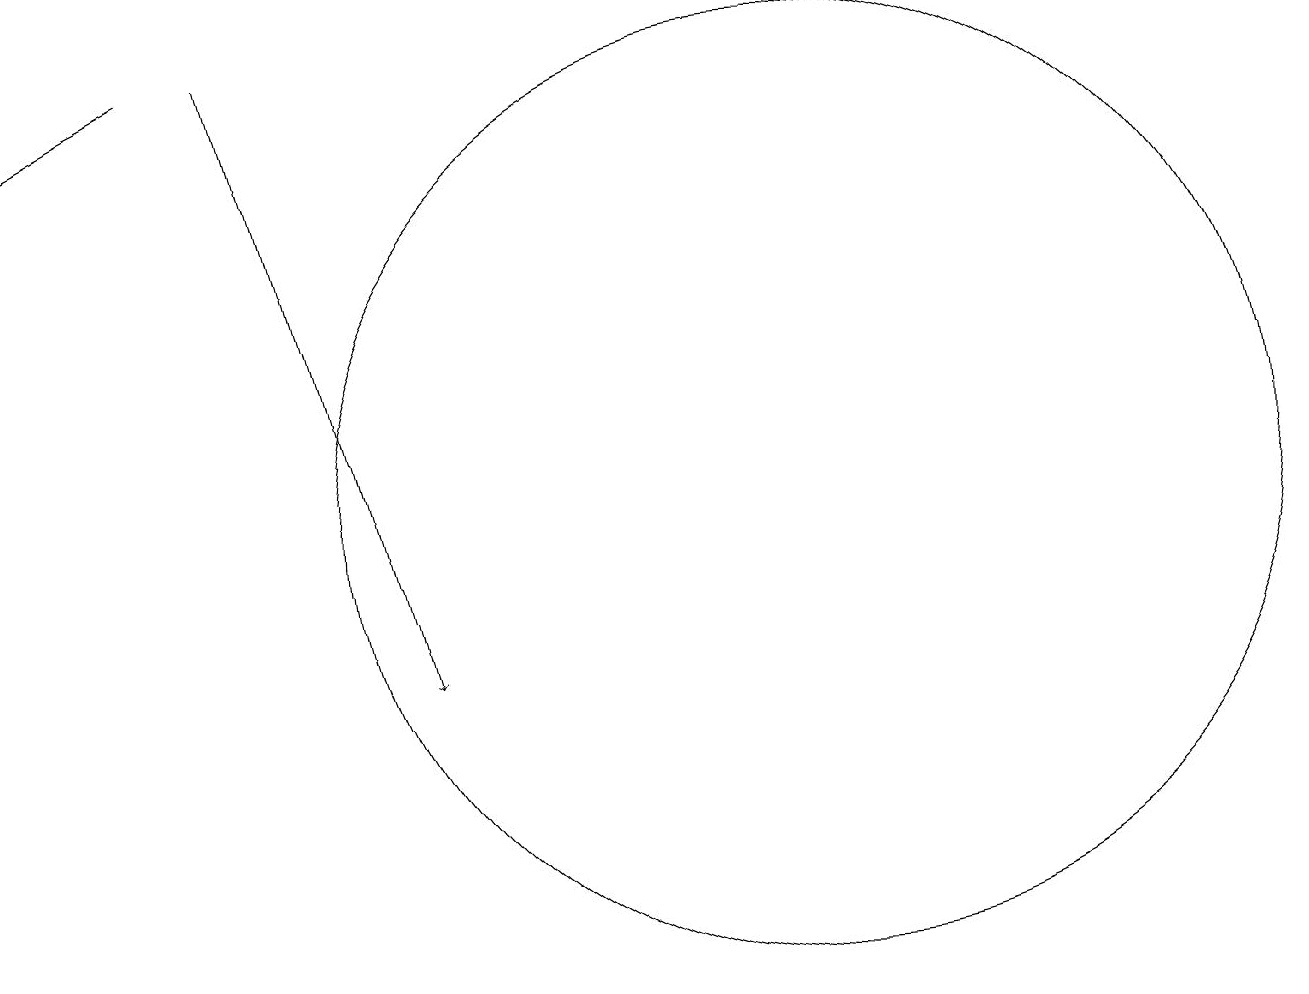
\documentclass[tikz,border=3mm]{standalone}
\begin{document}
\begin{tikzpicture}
\draw (10,12) circle (6);
\draw[->] (2,18) -- (0,17);
\draw[->] (3,18) -- (5,10);
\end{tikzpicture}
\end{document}